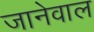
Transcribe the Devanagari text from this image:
जानेवाल